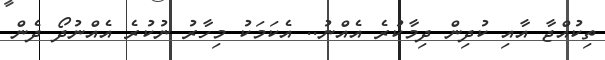
ތިކުއްޖާ އާއި ކުދިން ދިމާކުރެ އެއްނު.. އެކަމަކު މިހާރު ނުކުރެ އެއްނުދޯ ދެން